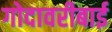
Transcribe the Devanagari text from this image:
गोदावरीबाई